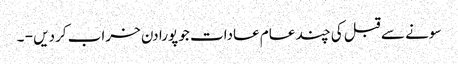
سونے سے قبل کی چند عام عادات جو پورا دن خراب کردیں - ۔